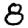
Digit: 8